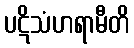
ပဋိသံဟရာမီတိ